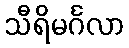
သီရိမင်္ဂလာ